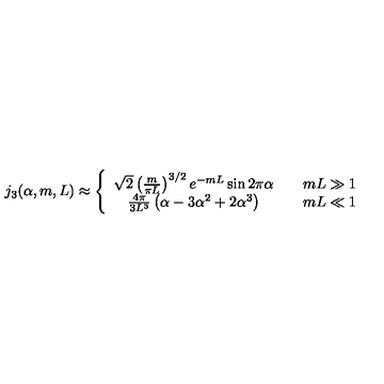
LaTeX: j _ { 3 } ( \alpha , m , L ) \approx \left\{ \begin{array} { c c } { \sqrt { 2 } \left( \frac { m } { \pi L } \right) ^ { 3 / 2 } e ^ { - m L } \sin 2 \pi \alpha } & { \quad m L \gg 1 } \\ { \frac { 4 \pi } { 3 L ^ { 3 } } \left( \alpha - 3 \alpha ^ { 2 } + 2 \alpha ^ { 3 } \right) } & { \quad m L \ll 1 } \\ \end{array} \right.